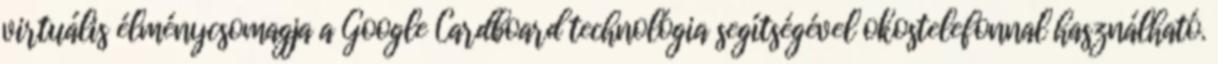
virtuális élménycsomagja a Google Cardboard technológia segítségével okostelefonnal használható.